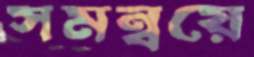
সমন্বয়ে